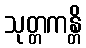
သုတ္တကန္တိ